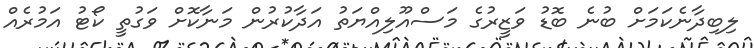
ލިބިދާނެކަމަށް ބުނެ ބޮޑު ވަޒީރުގެ މަސްއޫލިއްޔަތު އަދާކުރުން މަނާކޮށް ވަގުތީ ކޯޓު އަމުރެއް